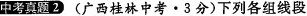
中考真题2 (广西桂林中考·3分)下列各组线段